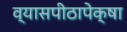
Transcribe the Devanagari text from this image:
व्यासपीठापेक्षा